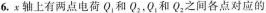
6. x 轴上有两点电荷Q_{1}和Q_{2}，Q_{1}和Q_{2}之间各点对应的